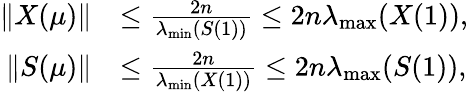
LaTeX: \begin{array}{rl}{\| X(\mu)\| }&{\le\frac{2n}{\lambda_{\operatorname*{min}}(S(1))}\le 2n\lambda_{\operatorname*{max}}(X(1)),}\\ {\| S(\mu)\| }&{\le\frac{2n}{\lambda_{\operatorname*{min}}(X(1))}\le 2n\lambda_{\operatorname*{max}}(S(1)),}\end{array}